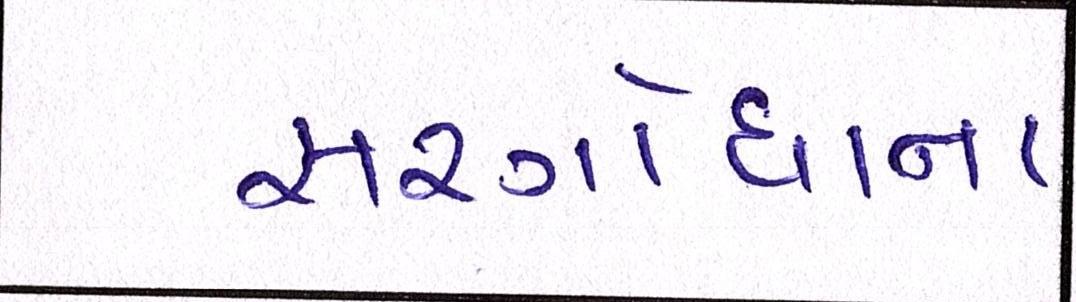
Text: સરગોધાના